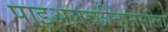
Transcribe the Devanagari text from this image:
पाइअलच्छीनाममाला